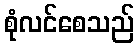
စုံလင်စေသည်